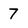
Character: 7